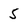
Character: 5